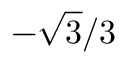
- { \sqrt { 3 } } / 3